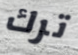
ترك